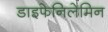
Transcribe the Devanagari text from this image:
डाइफेनिलेमिन